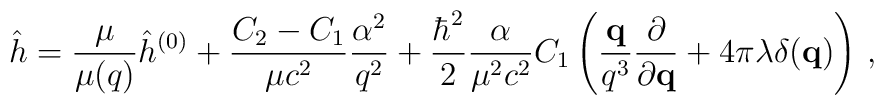
\hat h = \frac{\mu}{\mu(q)}\hat h^{(0)} + \frac{C_2-C_1}{\mu c^2}\frac{\alpha^2}{q^2} + \frac{\hbar^2}{2}\frac{\alpha}{\mu^2c^2}C_1\left(\frac{{\bf q}}{q^3}\frac{\partial}{\partial{\bf q}} + 4\pi\lambda\delta({\bf q})\right)\,,